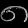
Digit: ၈